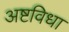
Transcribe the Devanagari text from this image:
अष्टविधा